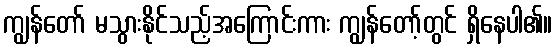
ကျွန်တော် မသွားနိုင်သည့်အကြောင်းကား ကျွန်တော့်တွင် ရှိနေပါ၏။